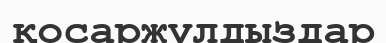
қосаржұлдыздар